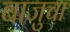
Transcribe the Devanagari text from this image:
बाजुचा